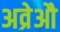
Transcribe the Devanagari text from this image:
अव्रेऔ